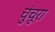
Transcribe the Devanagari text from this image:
चुंचूरा